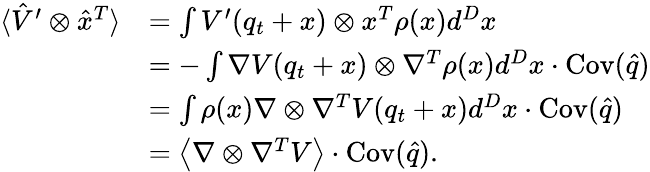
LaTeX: \begin{array}{rl}{\langle\hat{V}^{\prime}\otimes\hat{x}^{T}\rangle}&{=\int V^{\prime}(q_{t}+x)\otimes x^{T}\rho(x)d^{D}x}\\ &{=-\int\nabla V(q_{t}+x)\otimes\nabla^{T}\rho(x)d^{D}x\cdot\operatorname{Cov}(\hat{q})}\\ &{=\int\rho(x)\nabla\otimes\nabla^{T}V(q_{t}+x)d^{D}x\cdot\operatorname{Cov}(\hat{q})}\\ &{=\left\langle\nabla\otimes\nabla^{T}V\right\rangle\cdot\operatorname{Cov}(\hat{q}).}\end{array}